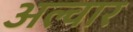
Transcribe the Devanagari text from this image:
अल्‍वार